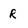
Character: R